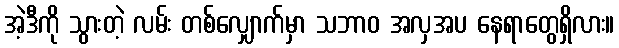
အဲ့ဒီကို သွားတဲ့ လမ်း တစ်လျှောက်မှာ သဘာဝ အလှအပ နေရာတွေရှိလား။